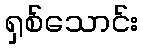
ရှစ်သောင်း